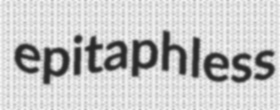
epitaphless